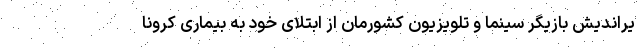
یراندیش بازیگر سینما و تلویزیون کشورمان از ابتلای خود به بیماری کرونا